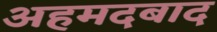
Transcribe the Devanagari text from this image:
अहमदबाद